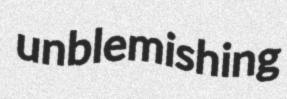
unblemishing